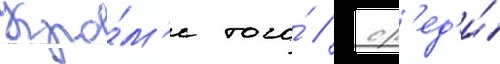
Кро́м'е того́ / ср'ед'и́